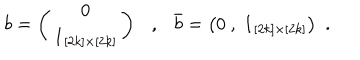
b = \left( \begin{matrix} { { 0 } } \\ { { { \bf 1 } _ { [ 2 k ] \times [ 2 k ] } } } \\ \end{matrix} \right) , \bar { b } = \big ( 0 \ , \ { \bf 1 } _ { [ 2 k ] \times [ 2 k ] } \big ) ~ ~ .